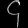
Digit: ၄